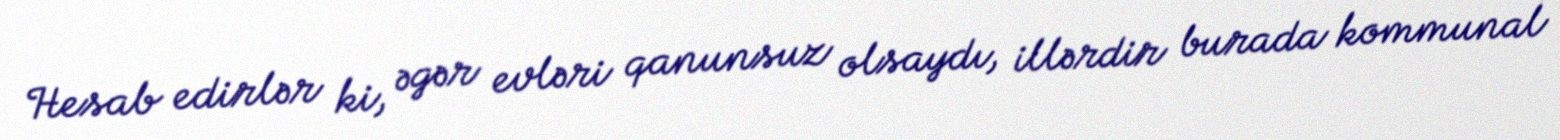
Hesab edirlər ki, əgər evləri qanunsuz olsaydı, illərdir burada kommunal